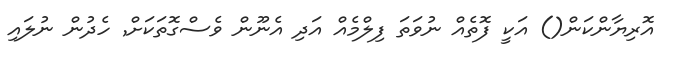
އޮރިޔާންކަން() އަކީ ފޮތެއް ނުވަތަ ފިލްމެއް އަދި އެނޫން ވެސްގޮތަކަށް